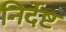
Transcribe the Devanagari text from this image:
निर्देष्ट